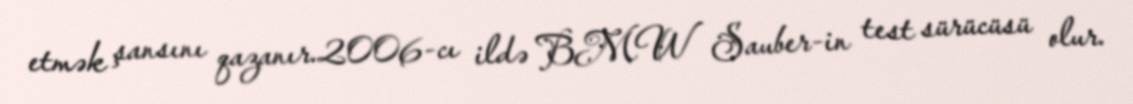
etmək şansını qazanır.2006-cı ildə BMW Sauber-in test sürücüsü olur.